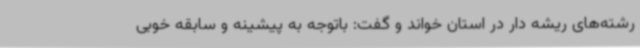
رشته‌های ریشه دار در استان خواند و گفت: باتوجه به پیشینه و سابقه خوبی